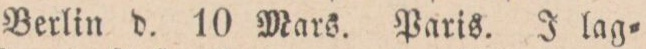
Berlin d. 10 Mars. Paris. J lag=